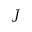
J